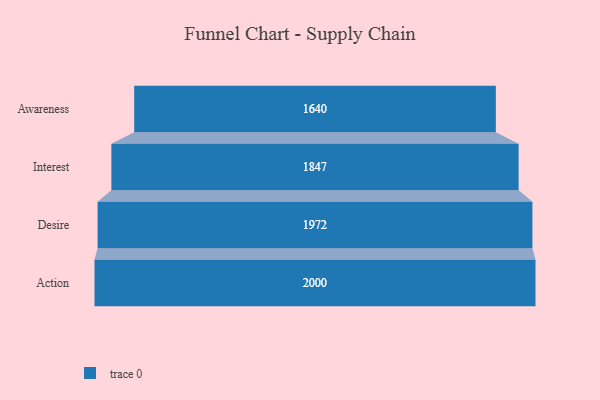
{"axis": {"x": "Stage", "y": "Value"}, "legend": [""], "data": [{"x": "Awareness", "y": 1640.0, "type": ""}, {"x": "Interest", "y": 1847.0, "type": ""}, {"x": "Desire", "y": 1972.0, "type": ""}, {"x": "Action", "y": 2000, "type": ""}]}